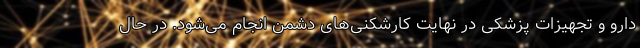
دارو و تجهیزات پزشکی در نهایت کارشکنی‌های دشمن انجام می‌شود. در حال